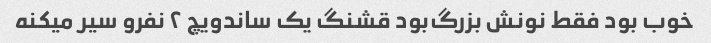
خوب بود فقط نونش بزرگ‌بود قشنگ یک ساندویچ ۲ نفرو سیر میکنه